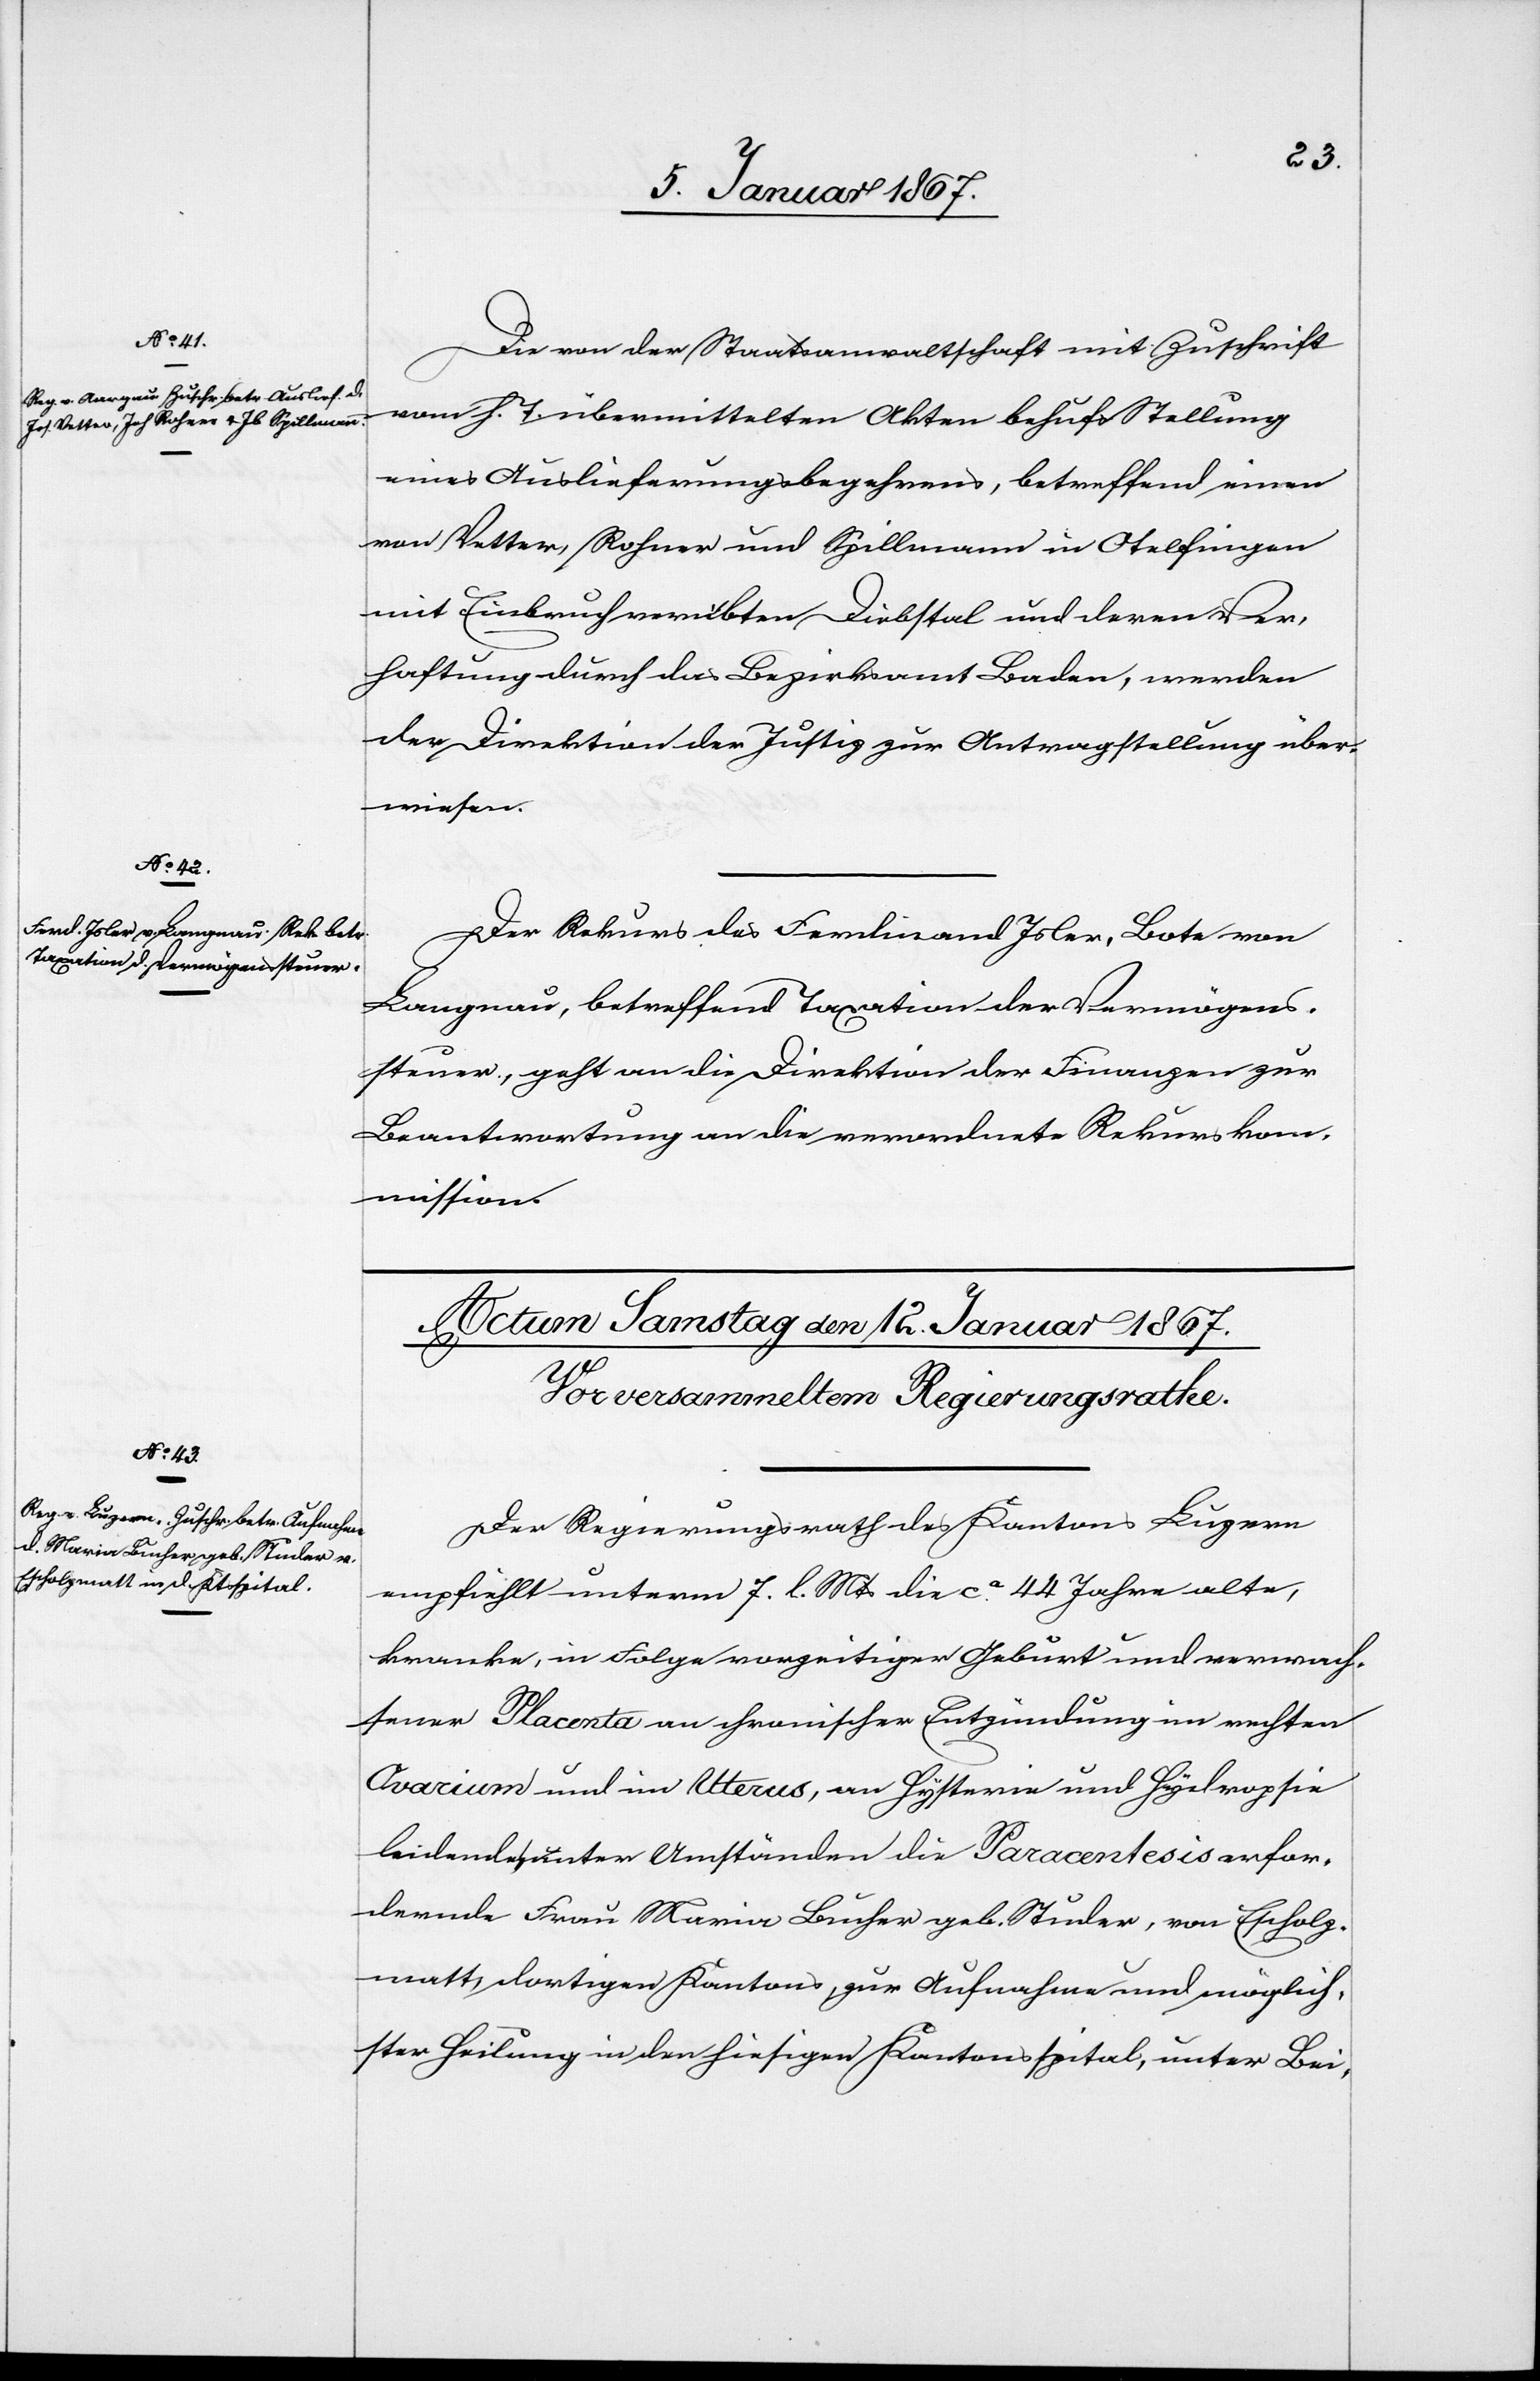
11. Januar 1867.]
Die von der Staatsanwaltschaft mit Zuschrift
vom h. T. übermittelten Akten behufs Stellung
eines Auslieferungsbegehrens, betreffend einen
von Vetter, Rohner und Spillmann in Otelfingen
mit Einbruch verübten Diebstal und deren Ver¬
haftung durch das Bezirksamt Baden, werden
der Direktion der Justiz zur Antragstellung über¬
wiesen.
Der Rekurs des Ferndinand Isler, Bote von
Langnau, betreffen Taxation der Vermögens¬
steuer, geht an die Direktion der Finanzen zur
Beantwortung an die verordnete Rekurskom¬
mission.
Der Regierungsrath des Kantons Luzern
empfiehlt unterm 7. l. Mts die ca 44 Jahre alte,
kranke, in Folge vorzeitiger Geburt und verwach¬
sener Placenta an chronischer Entzündung im rechten
Ovarium und im Uterus, an Hysterie und Hydropsie
leidende, unter Umständen die Paracentesis erfor¬
dernde Frau Maria Bucher geb. Studer, von Escholz¬
matt, dortigen Kantons, zur Aufnahme und möglich¬
ster Heilung in den hiesigen Kantonsspital, unter Bei-